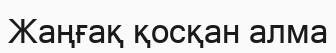
Жаңғақ қосқан алма